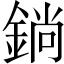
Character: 鋿